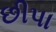
છીપા